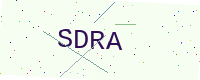
Text: SDRA